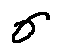
\sigma